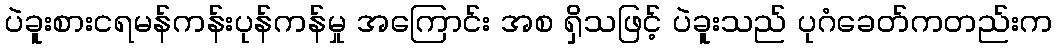
ပဲခူးစားငရမန်ကန်းပုန်ကန်မှု အကြောင်း အစ ရှိသဖြင့် ပဲခူးသည် ပုဂံခေတ်ကတည်းက